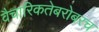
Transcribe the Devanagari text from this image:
वैचारिकतेबरोबरच